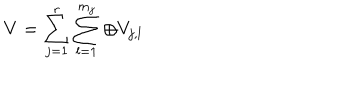
V = \sum _ { j = 1 } ^ { r } \sum _ { l = 1 } ^ { m _ { j } } \oplus V _ { j , l }